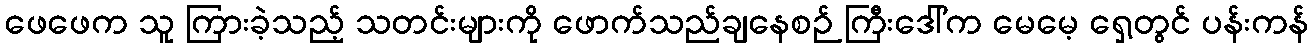
ဖေဖေက သူ ကြားခဲ့သည့် သတင်းများကို ဖောက်သည်ချနေစဉ် ကြီးဒေါ်က မေမေ့ ရှေ့တွင် ပန်းကန်